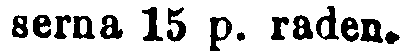
serna 15 p. raden.